Rangoon Lunatic Asylum 1878-1892 - 1878-1892
Year: 1878
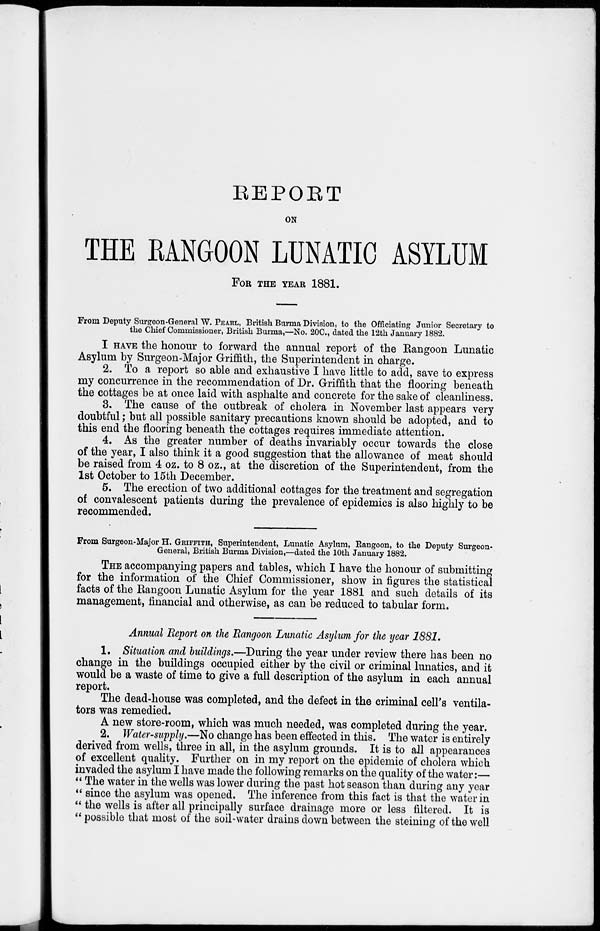
REPORT
ON
THE RANGOON LUNATIC ASYLUM
FOR THE YEAR 1881.
From Deputy Surgeon-General W. PEARL, British Burma Division, to the Officiating Junior Secretary to
the Chief Commissioner, British Burma,—No. 20C., dated the 12th January 1882.
I HAVE the honour to forward the annual report of the Rangoon Lunatic
Asylum by Surgeon-Major Griffith, the Superintendent in charge.
2. To a report so able and exhaustive I have little to add, save to express
my concurrence in the recommendation of Dr. Griffith that the flooring beneath
the cottages be at once laid with asphalte and concrete for the sake of cleanliness.
3. The cause of the outbreak of cholera in November last appears very
doubtful; but all possible sanitary precautions known should be adopted, and to
this end the flooring beneath the cottages requires immediate attention.
4. As the greater number of deaths invariably occur towards the close
of the year, I also think it a good suggestion that the allowance of meat should
be raised from 4 oz. to 8 oz., at the discretion of the Superintendent, from the
1st October to 15th December.
5. The erection of two additional cottages for the treatment and segregation
of convalescent patients during the prevalence of epidemics is also highly to be
recommended.
From Surgeon-Major H. GRIFFITH, Superintendent, Lunatic Asylum, Rangoon, to the Deputy Surgeon-
General, British Burma Division,—dated the 10th January 1882.
THE accompanying papers and tables, which I have the honour of submitting
for the information of the Chief Commissioner, show in figures the statistical
facts of the Rangoon Lunatic Asylum for the year 1881 and such details of its
management, financial and otherwise, as can be reduced to tabular form.
Annual Report on the Rangoon Lunatic Asylum for the year 1881.
1. Situation and buildings.—During the year under review there has been no
change in the buildings occupied either by the civil or criminal lunatics, and it
would be a waste of time to give a full description of the asylum in each annual
report.
The dead-house was completed, and the defect in the criminal cell's ventila-
tors was remedied.
A new store-room, which was much needed, was completed during the year.
2. Water-supply.—No change has been effected in this. The water is entirely
derived from wells, three in all, in the asylum grounds. It is to all appearances
of excellent quality. Further on in my report on the epidemic of cholera which
invaded the asylum I have made the following remarks on the quality of the water:—
" The water in the wells was lower during the past hot season than during any year
" since the asylum was opened. The inference from this fact is that the water in
" the wells is after all principally surface drainage more or less filtered. It is
" possible that most of the soil-water drains down between the steining of the well